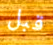
قبل